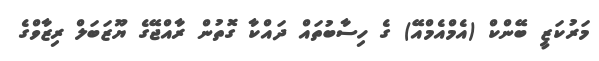
މަރުކަޒީ ބޭންކް (އެމްއެމްއޭ) ގެ ހިސާބުތައް ދައްކާ ގޮތުން ރާއްޖޭގެ ޔޫޒަބަލް ރިޒާވްގެ